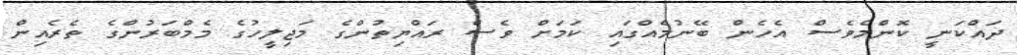
ދައްކަނީ ކޮންމެވެސް އެހެން ބޭނުމެއްގައި ކަމަށް ވެސް ރައްޔިތުންގެ މަޖިލީހުގެ މެމްބަރުންގެ ތެރެއިން